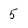
Character: 5